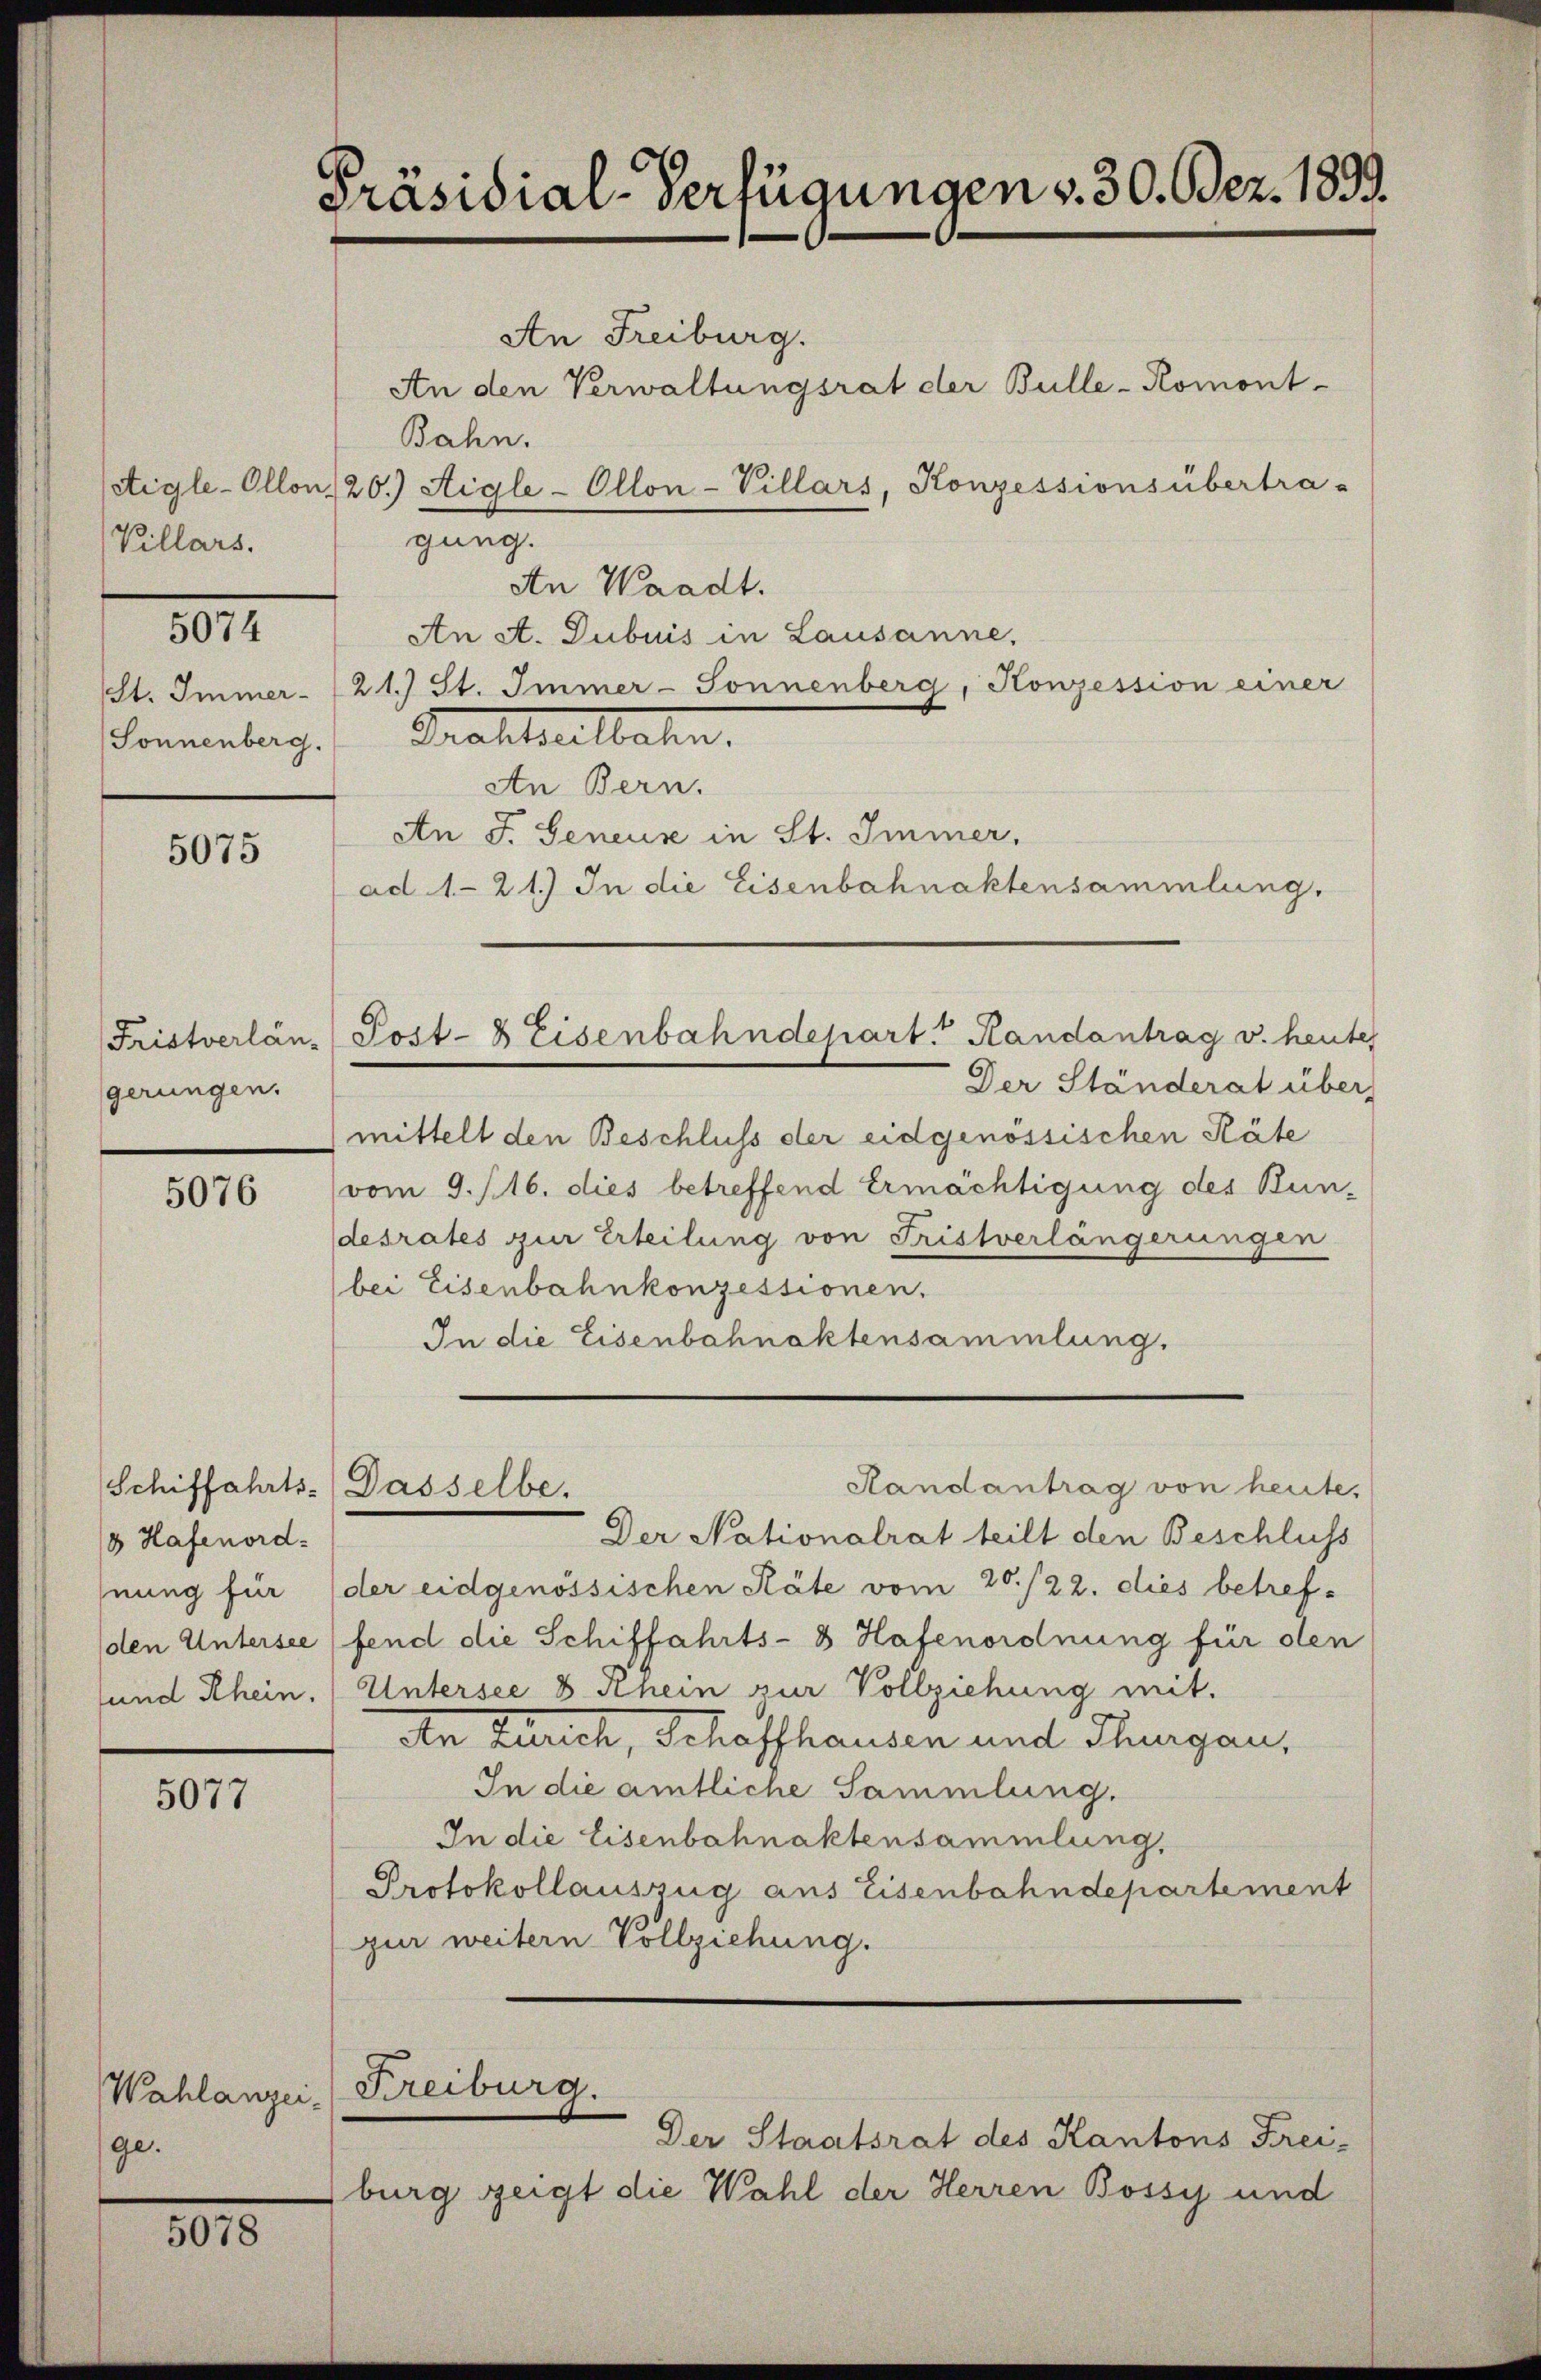
Villars.

5074

(Sonnenberg.

5075

gerungen.

5076

Schiffahrts-Dasselbe.
1 Hafenord¬

5077

Wahlanzeige.

1015.

Präsidial-Verfügungen v. 30. Bez. 1893.

An Freiburg.
An den Verwaltungsrat der Bulle-Romont-
Bahn.
gung.
An Waadt.
An A. Dubuis in Lausanne,
St. Immer- (21.) St. Immer-Sonnenberg, Konzession einer
Trattelbahn.
An Bern.
An F. Geneus in St. Immer,
ad 1-21.) In die Eisenbahnaktensammlung.

Fristverlan-Post- & Eisenbahndepart. Handantrag v. heutes

Kreiburg.

etigle-Ollon 120.) Aigle-Ollon-Villars, Konzessionsübertra-

Randantrag von heute,

Der Ständerat über
mittelt den Beschluss der eidgenössischen Räte
vom 9. 116. dies betreffend Ermächtigung des Bun-
desrates zur Erteilung von Fristverlängerungen
(bei Eisenbahnkonzessionen,
In die Eisenbahnaktensammlung.

Der Nationalrat teilt den Beschluss
hnung für der eidgenössischen Räte vom 20./22. dies betref¬
(den Untersee (fend die Schiffahrts-8 Hafenordnung für den
sund Rhein, (Untersee 8 Rhein zur Vollziehung mit.
An Zürich, Schaffhausen und Thurgau,
In die amtliche Sammlung.
In die Eisenbahnaktensammlung,
Protokollauszug aus Eisenbahndepartement
zur weitern Vollziehung.

Der Staatsrat des Kantons Frei-
burg zeigt die Wahl der Herren Bossi und